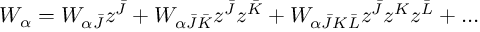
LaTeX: W _ { \alpha } = W _ { \alpha \bar { J } } z ^ { \bar { J } } + W _ { \alpha \bar { J } \bar { K } } z ^ { \bar { J } } z ^ { \bar { K } } + W _ { \alpha \bar { J } K \bar { L } } z ^ { \bar { J } } z ^ { K } z ^ { \bar { L } } + \dots